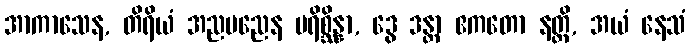
အာကာသေန, တိရိယံ အညမညေန ပရိစ္ဆိန္နာ, ဒွေ ဒန္တာ ဧကတော နတ္ထိ, အယံ နေသံ